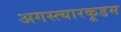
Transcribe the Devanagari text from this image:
अगस्त्यारकूडम